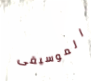
الموسيقى